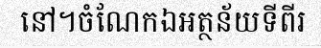
នៅ។ចំណែកឯអត្ថន័យទីពីរ